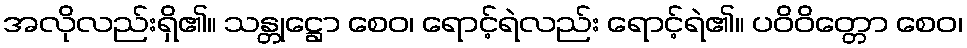
အလိုလည်းရှိ၏။ သန္တုဋ္ဌော စေဝ၊ ရောင့်ရဲလည်း ရောင့်ရဲ၏။ ပဝိဝိတ္တော စေဝ၊